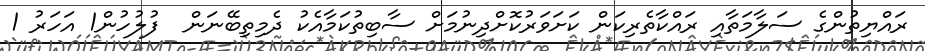
ރައްޔިތުންގެ ސަލާމަތާއި ރައްކާތެރިކަން ކަށަވަރުކޮށްދިނުމަށް ސާބިތުކަމާއެކު ދެމިތިބޭނަން  ފުލުހުން1 އަހަރު 1